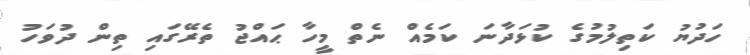
ހަދުޔު ކަތިލުމުގެ ކުޅަދާނަ ކަމެއް ނެތް މީހާ ޙައްޖު ތެރޭގައި ތިން ދުވަހު